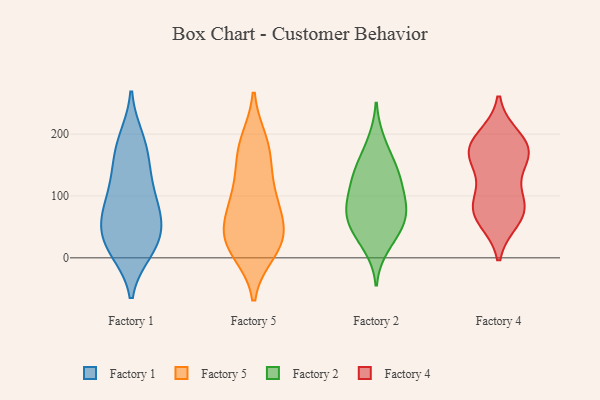
{"axis": {"x": "Backlog", "y": "Value"}, "legend": ["Factory 1", "Factory 2", "Factory 4", "Factory 5"], "data": [{"x": "", "y": 16, "type": "Factory 1"}, {"x": "", "y": 107, "type": "Factory 1"}, {"x": "", "y": 57, "type": "Factory 1"}, {"x": "", "y": 194, "type": "Factory 1"}, {"x": "", "y": 87, "type": "Factory 1"}, {"x": "", "y": 134, "type": "Factory 1"}, {"x": "", "y": 11, "type": "Factory 1"}, {"x": "", "y": 166, "type": "Factory 1"}, {"x": "", "y": 151, "type": "Factory 1"}, {"x": "", "y": 42, "type": "Factory 1"}, {"x": "", "y": 191, "type": "Factory 1"}, {"x": "", "y": 10, "type": "Factory 1"}, {"x": "", "y": 19, "type": "Factory 1"}, {"x": "", "y": 68, "type": "Factory 1"}, {"x": "", "y": 105, "type": "Factory 1"}, {"x": "", "y": 61, "type": "Factory 1"}, {"x": "", "y": 55, "type": "Factory 1"}, {"x": "", "y": 24, "type": "Factory 5"}, {"x": "", "y": 11, "type": "Factory 5"}, {"x": "", "y": 33, "type": "Factory 5"}, {"x": "", "y": 126, "type": "Factory 5"}, {"x": "", "y": 187, "type": "Factory 5"}, {"x": "", "y": 50, "type": "Factory 5"}, {"x": "", "y": 19, "type": "Factory 5"}, {"x": "", "y": 167, "type": "Factory 5"}, {"x": "", "y": 37, "type": "Factory 5"}, {"x": "", "y": 97, "type": "Factory 5"}, {"x": "", "y": 178, "type": "Factory 5"}, {"x": "", "y": 75, "type": "Factory 5"}, {"x": "", "y": 93, "type": "Factory 5"}, {"x": "", "y": 18, "type": "Factory 2"}, {"x": "", "y": 47, "type": "Factory 2"}, {"x": "", "y": 57, "type": "Factory 2"}, {"x": "", "y": 74, "type": "Factory 2"}, {"x": "", "y": 92, "type": "Factory 2"}, {"x": "", "y": 126, "type": "Factory 2"}, {"x": "", "y": 188, "type": "Factory 2"}, {"x": "", "y": 81, "type": "Factory 2"}, {"x": "", "y": 89, "type": "Factory 2"}, {"x": "", "y": 155, "type": "Factory 2"}, {"x": "", "y": 129, "type": "Factory 2"}, {"x": "", "y": 138, "type": "Factory 2"}, {"x": "", "y": 43, "type": "Factory 2"}, {"x": "", "y": 63, "type": "Factory 4"}, {"x": "", "y": 179, "type": "Factory 4"}, {"x": "", "y": 194, "type": "Factory 4"}, {"x": "", "y": 162, "type": "Factory 4"}, {"x": "", "y": 99, "type": "Factory 4"}, {"x": "", "y": 78, "type": "Factory 4"}, {"x": "", "y": 73, "type": "Factory 4"}, {"x": "", "y": 176, "type": "Factory 4"}, {"x": "", "y": 151, "type": "Factory 4"}, {"x": "", "y": 175, "type": "Factory 4"}, {"x": "", "y": 80, "type": "Factory 4"}]}